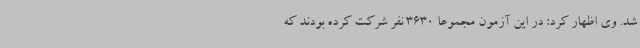
شد. وی اظهار کرد: در این آزمون مجموعاً 3630 نفر شرکت کرده بودند که